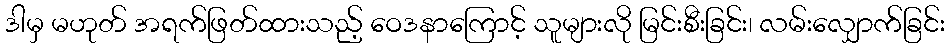
ဒါမှ မဟုတ် အရက်ဖြတ်ထားသည့် ဝေဒနာကြောင့် သူများလို မြင်းစီးခြင်း၊ လမ်းလျှောက်ခြင်း